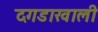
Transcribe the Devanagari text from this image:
दगडाखाली